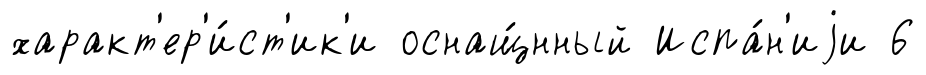
характ'ер'и́ст'ик'и оснащ́нный Испа́н'иjи 6